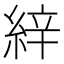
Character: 𦀓